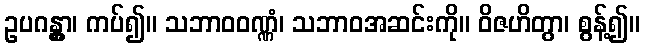
ဥပဂန္တွာ၊ ကပ်၍။ သဘာဝဝဏ္ဏံ၊ သဘာဝအဆင်းကို။ ဝိဇဟိတွာ၊ စွန့်၍။